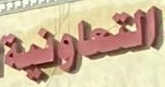
التعاونية